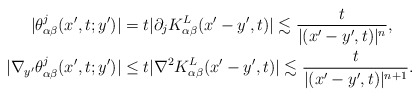
\begin{align*} |\theta^j_{\alpha \beta}(x', t; y')| & = t |\partial_j K^L_{\alpha \beta}(x'-y', t)| \lesssim \frac{t}{|(x'-y', t)|^n}, \\ |\nabla_{y'}\theta^j_{\alpha \beta}(x', t; y')| &\le t |\nabla^2 K^L_{\alpha \beta}(x'-y', t)| \lesssim \frac{t}{|(x'-y', t)|^{n+1}}. \end{align*}